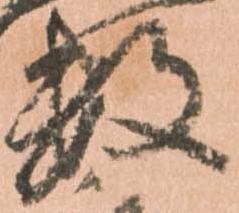
数